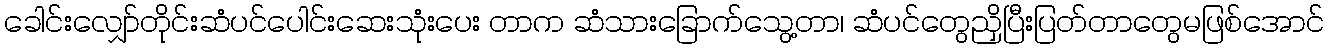
ခေါင်းလျှော်တိုင်းဆံပင်ပေါင်းဆေးသုံးပေး တာက ဆံသားခြောက်သွေ့တာ၊ ဆံပင်တွေညှိပြီးပြတ်တာတွေမဖြစ်အောင်